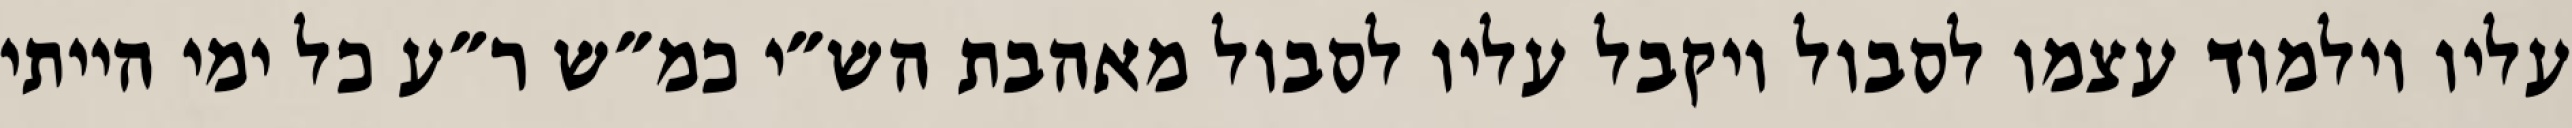
עליו וילמוד עצמו לסבול ויקבל עליו לסבול מאהבת הש״י כמ״ש ר״ע כל ימי הייתי